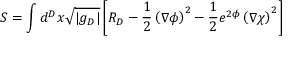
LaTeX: S = \int d ^ { D } x \sqrt { | g _ { D } | } \left[ R _ { D } - \frac { 1 } { 2 } \left( \nabla \phi \right) ^ { 2 } - \frac { 1 } { 2 } e ^ { 2 \phi } \left( \nabla \chi \right) ^ { 2 } \right]